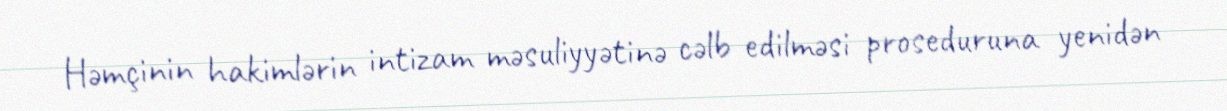
Həmçinin hakimlərin intizam məsuliyyətinə cəlb edilməsi proseduruna yenidən